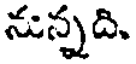
నున్నది.